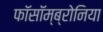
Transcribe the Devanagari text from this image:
फॉसॉम्ब्रोनिया